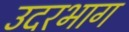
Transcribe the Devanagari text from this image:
उदरभाग